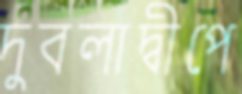
দুবলাদ্বীপে